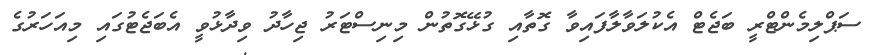
ސަޕްލިމެންޓްރީ ބަޖެޓް އެކުލަވާލާފައިވާ ގޮތާއި ގުޅޭގޮތުން މިނިސްޓަރު ޖިހާދު ވިދާޅުވީ އެބަޖެޓުގައި މިއަހަރުގެ